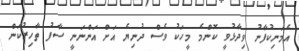
އެމަނިކުފާނު ވިދާޅުވީ ކޮންމެ މީހަކު ވެސް ދުނިޔެ އަށް އަންނަނީ ސާފު ތާހިރުކަން